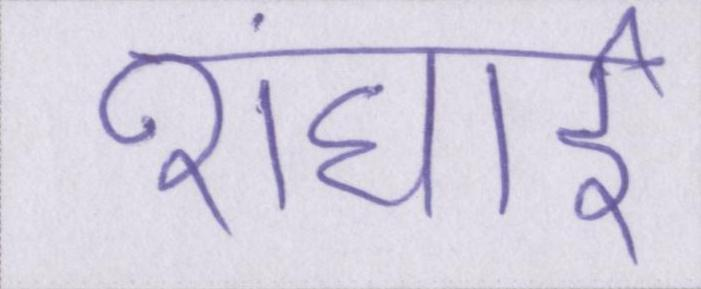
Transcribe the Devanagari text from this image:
शंघाई